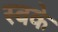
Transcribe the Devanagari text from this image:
स्वके